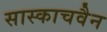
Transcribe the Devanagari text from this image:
सास्काचवैन